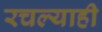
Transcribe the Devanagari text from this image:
रचल्याही